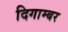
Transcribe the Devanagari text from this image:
दिगाम्बर